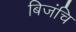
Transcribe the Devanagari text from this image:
बिजंचि